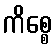
ကိစ္စေ